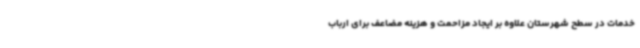
خدمات در سطح شهرستان علاوه بر ایجاد مزاحمت و هزینه مضاعف برای ارباب